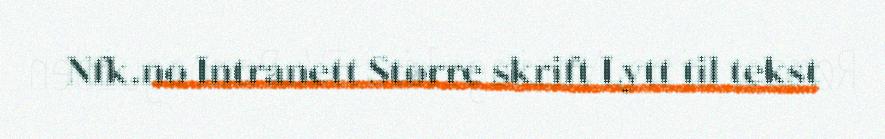
Nfk.no Intranett Større skrift Lytt til tekst